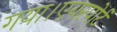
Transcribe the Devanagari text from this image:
गया।एयरपोर्ट